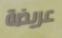
عريضة